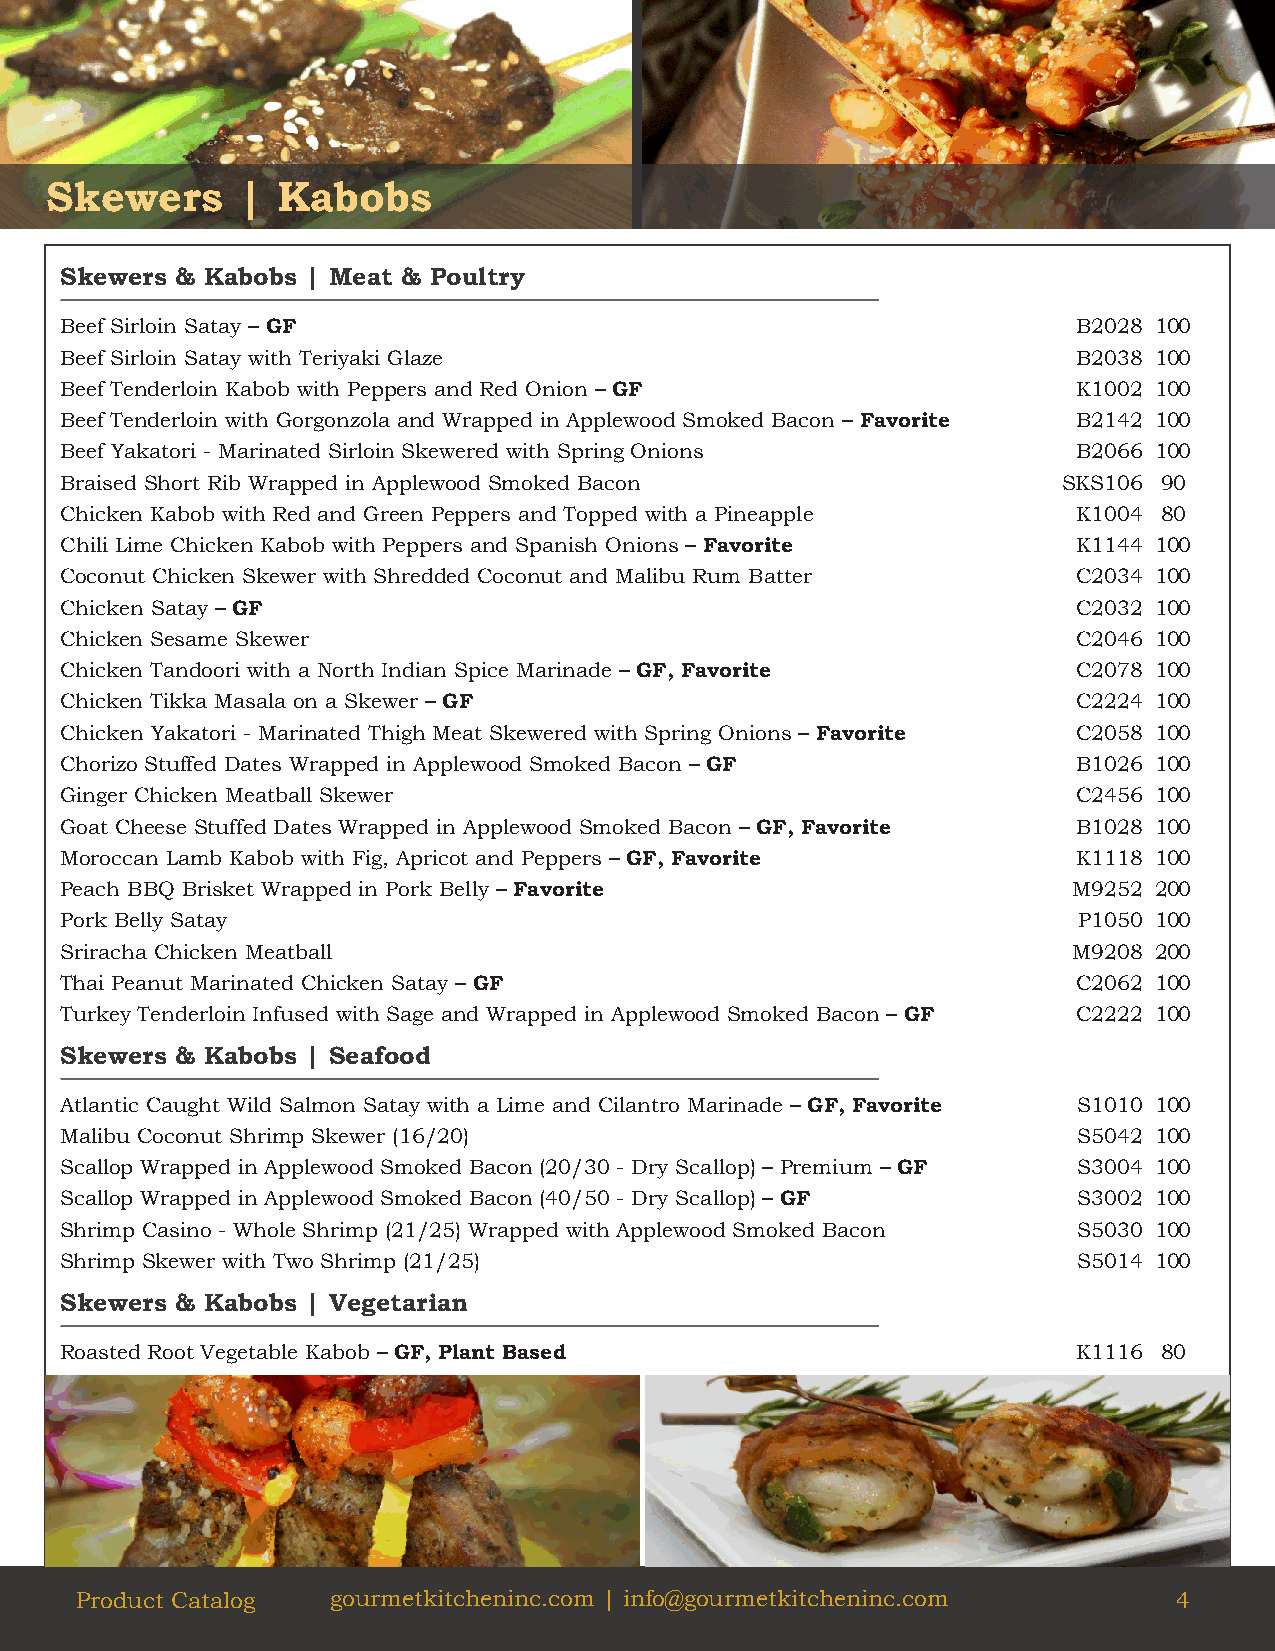
Skewers      | Kabobs
 Skewers & Kabobs | Meat & Poultry
 Beef Sirloin Satay – GF                                            B2028 100
 Beef Sirloin Satay with Teriyaki Glaze                             B2038 100
 Beef Tenderloin Kabob with Peppers and Red Onion – GF              K1002 100
 Beef Tenderloin with Gorgonzola and Wrapped in Applewood Smoked Bacon – Favorite B2142 100
 Beef Yakatori - Marinated Sirloin Skewered with Spring Onions      B2066 100
 Braised Short Rib Wrapped in Applewood Smoked Bacon               SKS106 90
 Chicken Kabob with Red and Green Peppers and Topped with a Pineapple K1004 80
 Chili Lime Chicken Kabob with Peppers and Spanish Onions – Favorite K1144 100
 Coconut Chicken Skewer with Shredded Coconut and Malibu Rum Batter C2034 100
 Chicken Satay – GF                                                 C2032 100
 Chicken Sesame Skewer                                              C2046 100
 Chicken Tandoori with a North Indian Spice Marinade – GF, Favorite C2078 100
 Chicken Tikka Masala on a Skewer – GF                              C2224 100
 Chicken Yakatori - Marinated Thigh Meat Skewered with Spring Onions – Favorite C2058 100
 Chorizo Stuffed Dates Wrapped in Applewood Smoked Bacon – GF       B1026 100
 Ginger Chicken Meatball Skewer                                     C2456 100
 Goat Cheese Stuffed Dates Wrapped in Applewood Smoked Bacon – GF, Favorite B1028 100
 Moroccan Lamb Kabob with Fig, Apricot and Peppers – GF, Favorite   K1118 100
 Peach BBQ Brisket Wrapped in Pork Belly – Favorite                 M9252 200
 Pork Belly Satay                                                   P1050 100
 Sriracha Chicken Meatball                                          M9208 200
 Thai Peanut Marinated Chicken Satay – GF                           C2062 100
 Turkey Tenderloin Infused with Sage and Wrapped in Applewood Smoked Bacon – GF C2222 100
 Skewers & Kabobs | Seafood
 Atlantic Caught Wild Salmon Satay with a Lime and Cilantro Marinade – GF, Favorite S1010 100
 Malibu Coconut Shrimp Skewer (16/20)                               S5042 100
 Scallop Wrapped in Applewood Smoked Bacon (20/30 - Dry Scallop) – Premium – GF S3004 100
 Scallop Wrapped in Applewood Smoked Bacon (40/50 - Dry Scallop) – GF S3002 100
 Shrimp Casino - Whole Shrimp (21/25) Wrapped with Applewood Smoked Bacon S5030 100
 Shrimp Skewer with Two Shrimp (21/25)                              S5014 100
 Skewers & Kabobs | Vegetarian
 Roasted Root Vegetable Kabob – GF, Plant Based                     K1116 80
 Product Catalog  gourmetkitcheninc.com | info@gourmetkitcheninc.com      4